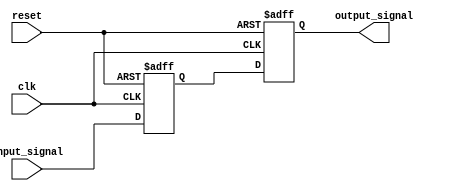
/* Axelou Olympia
 * oaxelou@uth.gr
 * 2161
 *
 * ce430
 * Project2: UART
 *
 * Part C: receiver implementation
 *
 *
 * channel synchronizer: Synchronizes the input of the receiver
 *                          (asynchronous communication)
 *
 * input : clk, input_signal
 * output: syncronized signal
 *
 * Implementation:
 *   Uses 2 flip-flops.
 *   The first one is to ensure that there will be no setup problem
 *   and the second one is for the metastability.
 *
 * The only difference with the typical synchronizer for the reset signal
 * is that the flip-flops have a reset signal to initialize the channel.
 */

module channel_synchronizer(clk, reset, input_signal, output_signal);
	input clk, reset, input_signal;
	output output_signal;

	reg output_signal, ff1_output;

	always @(posedge clk or posedge reset)
		if(reset)
			output_signal = 1'b1;
		else
			output_signal = ff1_output;

	always @(posedge clk or posedge reset)
		if(reset)
			ff1_output = 1'b1;
		else
			ff1_output = input_signal;
endmodule